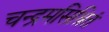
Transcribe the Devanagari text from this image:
चन्द्रमसिश्रितं